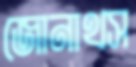
জোনাথস